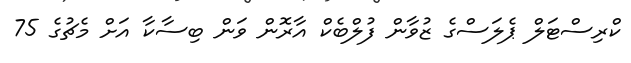
ކްރިސްޓަލް ޕެލަސްގެ ޒުވާން ފުލްބެކް އާރޮން ވަން ބިސާކާ އަށް މެޗުގެ 75